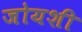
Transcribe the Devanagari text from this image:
जोयशी